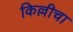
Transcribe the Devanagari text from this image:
किल्लीचा